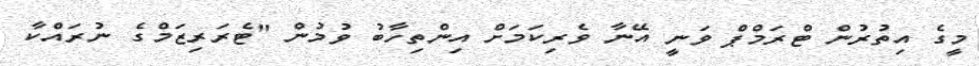
މީގެ އިތުރުން ޓްރަމްޕް ވަނީ އޭނާ ވެރިކަމަށް އިންތިހާބު ވުމުން "ޓެރަރިޒަމްގެ ނުރައްކާ